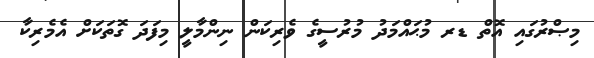
މިޞްރުގައި އޮތް ޑރ މުޙައްމަދު މުރުސީގެ ވެރިކަން ނިންމާލީ މިފަދަ ގޮތަކަށް އެމެރިކާ